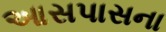
આસપાસના